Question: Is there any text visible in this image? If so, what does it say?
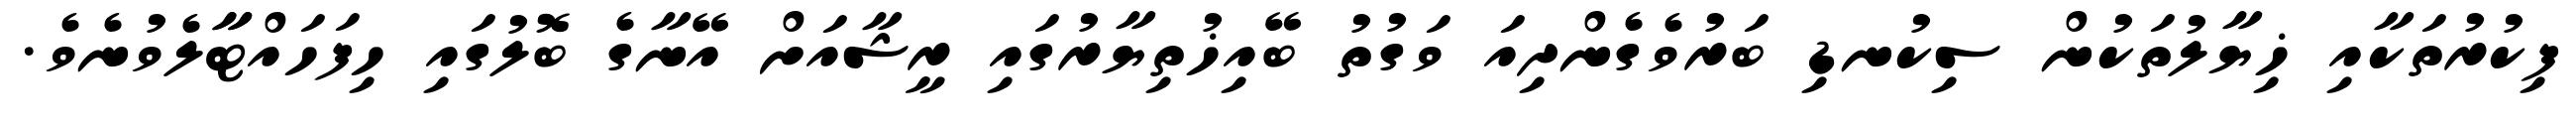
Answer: ފިކުރުތަކާއި ޚިޔާލުތަކުން ސިކުނޑި ބަރުވެގެންދިއަ ވަގުތު ބޭއިޚުތިޔާރުގައި ރީޝާއަށް އޭނާގެ ބޮލުގައި ހިފަހައްޓާާލެވުނެވެ.